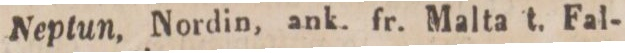
18.    Neptun, Nordin, ank. fr. Malta t. Fal-